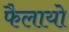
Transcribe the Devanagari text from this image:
फैलायो